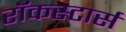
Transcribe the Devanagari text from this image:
रॉकस्टार्स